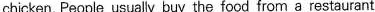
chicken. People usually buy the food from a restaurant